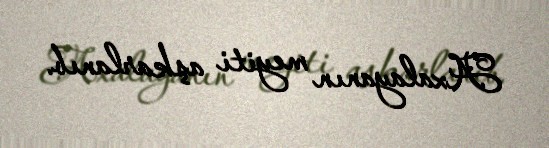
Axalayanın meyiti aşkarlanıb.